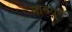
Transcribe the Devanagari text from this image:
माववून